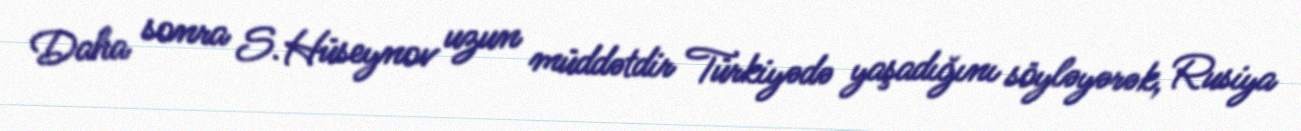
Daha sonra S.Hüseynov uzun müddətdir Türkiyədə yaşadığını söyləyərək, Rusiya